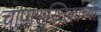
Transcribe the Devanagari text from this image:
चापारास्तिकांच्या